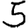
Digit: 5